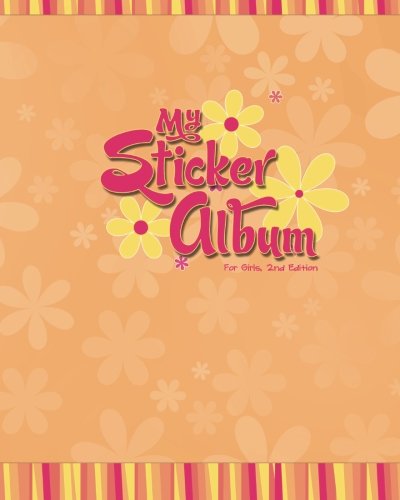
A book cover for My Sticker Album for Girls, 2nd Edition; Debra Hartley; Crafts, Hobbies & Home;